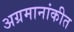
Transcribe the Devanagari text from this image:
अग्रमानांकीत